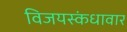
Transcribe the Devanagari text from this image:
विजयस्कंधावार